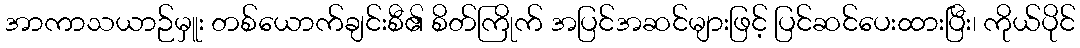
အာကာသယာဉ်မှူး တစ်ယောက်ချင်းစီ၏ စိတ်ကြိုက် အပြင်အဆင်များဖြင့် ပြင်ဆင်ပေးထားပြီး၊ ကိုယ်ပိုင်